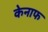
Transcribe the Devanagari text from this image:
केनाफ